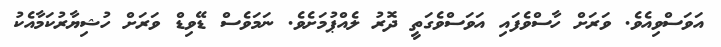
އަވަސްވިއެވެ. ވަރަށް ހާސްވެފައި އަވަސްވެގަތީ ދޮރު ލެއްޕުމަށެވެ. ނަމަވެސް ޑޭވިޑް ވަރަށް ހުޝިޔާރުކަމާއެކު